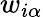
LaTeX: w_{i\alpha}